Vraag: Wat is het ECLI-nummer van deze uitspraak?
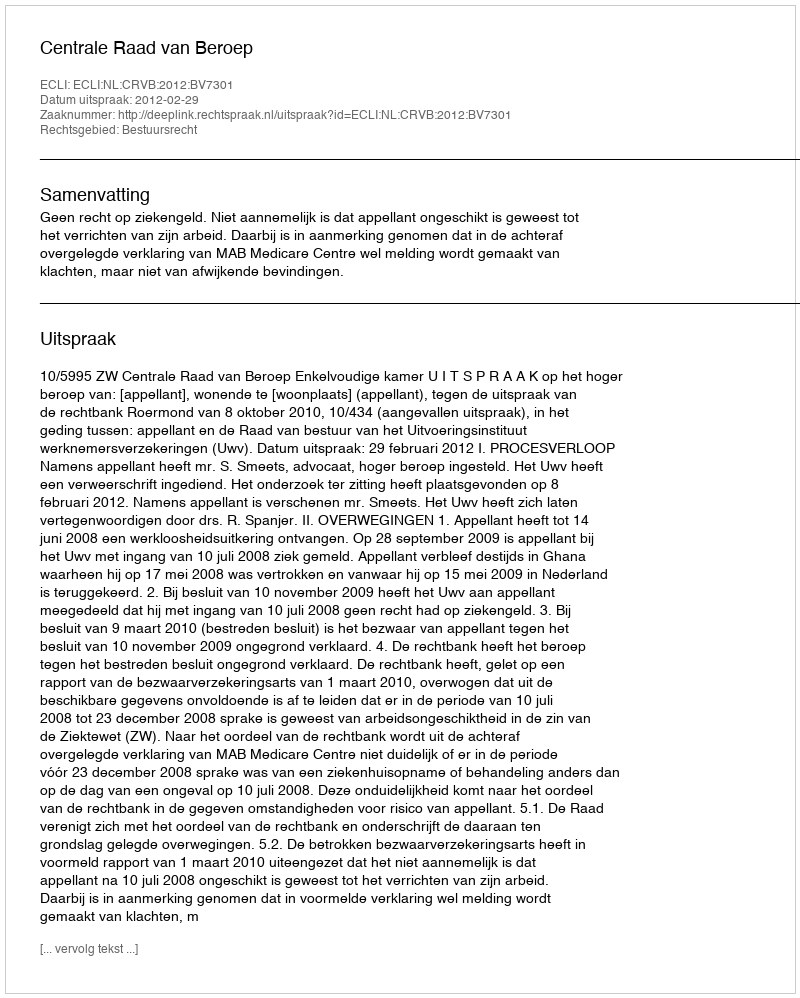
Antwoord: ECLI:NL:CRVB:2012:BV7301